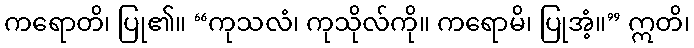
ကရောတိ၊ ပြု၏။ “ကုသလံ၊ ကုသိုလ်ကို။ ကရောမိ၊ ပြုအံ့။” ဣတိ၊